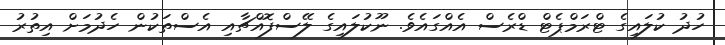
ހުދު ކުލައިގެ ޓްރަމްޕެޓް ޑްރެސް އެއްގައެވެ. ނޫކުލައިގެ ލޭސްފޮއްޗާއި އެސްތަކުން ހެދުމަށް އިތުރު